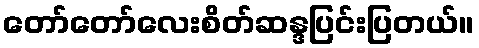
တော်တော်လေးစိတ်ဆန္ဒပြင်းပြတယ်။